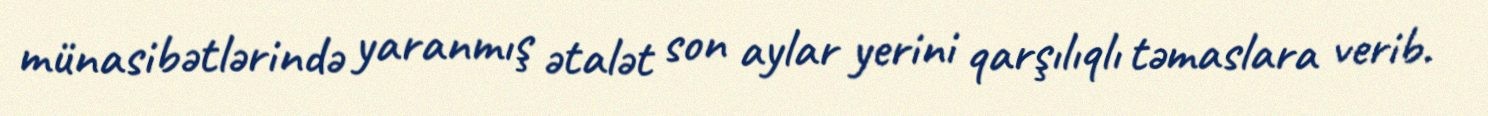
münasibətlərində yaranmış ətalət son aylar yerini qarşılıqlı təmaslara verib.